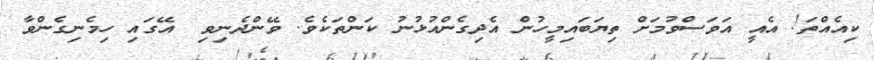
ކިއެއްތަ! އެއީ އަވަސްވުމަށް ތިޔަބައިމީހުން އެދިގެންއުޅުނު ކަންތަކެވެ. ވޭންދެނިވި  އޭގައި ހިމެނިގެންވާ